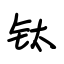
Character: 钛